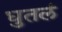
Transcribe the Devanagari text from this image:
धुतलं